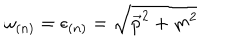
\omega _ { ( n ) } = \epsilon _ { ( n ) } = \sqrt { \vec { p } ^ { 2 } + m ^ { 2 } }